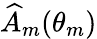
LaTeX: \widehat{A}_{m}(\theta_{m})